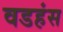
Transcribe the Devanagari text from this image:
वडहंस